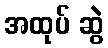
အထုပ် ဆွဲ